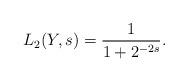
LaTeX: \begin{align*} L_2(Y,s) = \frac{1}{1+2^{-2s}}. \end{align*}